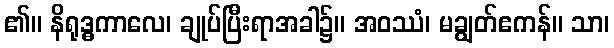
၏။ နိရုဒ္ဓကာလေ၊ ချုပ်ပြီးရာအခါ၌။ အဝဿံ၊ မချွတ်ဧကန်။ သာ၊